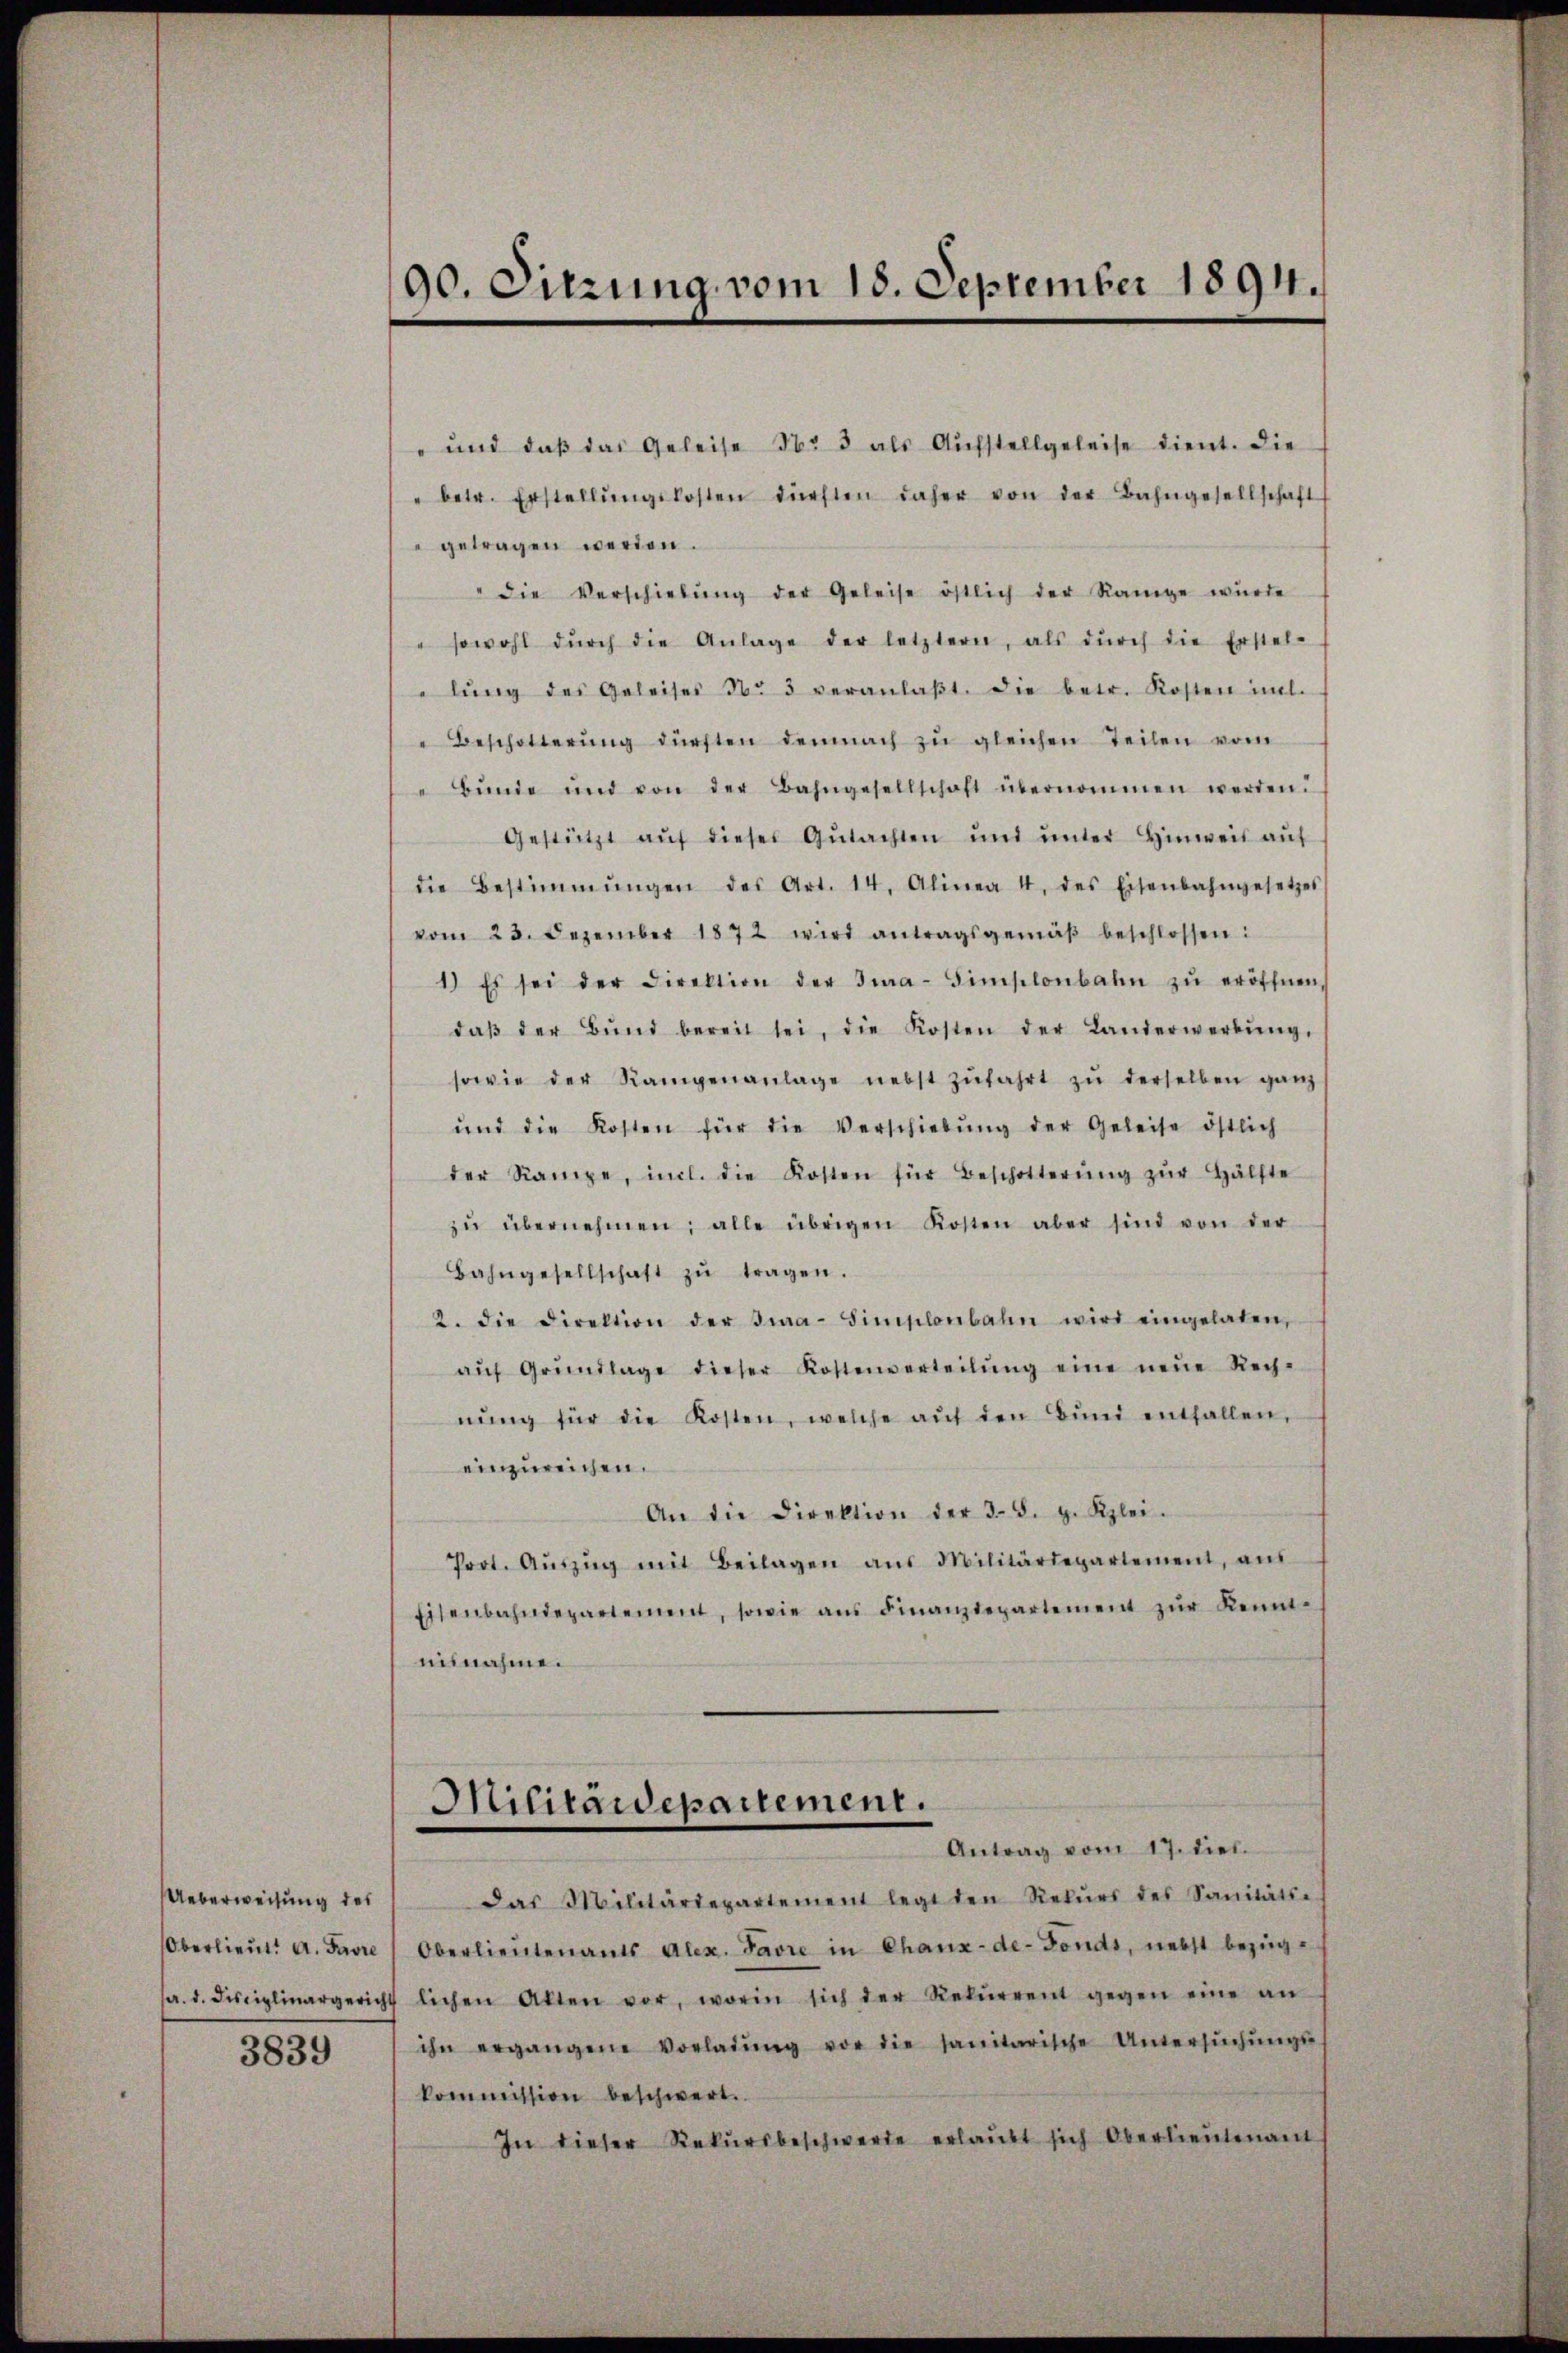
Ueberweisung des
Oberlieut. A. Favre

3839

190. Sitzung vom 18. September 1894.

" und daß das Geleise No 3 als Aufstellgeleise dient. Die
" betr. Erstellŭngskosten dürften daher von der Bahngesellschaft
getragen werden.
" die Verschiebŭng der Geleise östlich der Range würde
" sowohl dŭrch die Anlage der letztern, als dŭrch die Erstel-
lŭng des Geleises N. 3 veranlaβt. Die betr. Kosten iml.
Beschotterŭng dürften demnach zŭ gleichen Teilen vom
 Bŭnde und von der Bahngesellschaft übernommen werden.
Gestützt aŭf dieser Gŭtachten ŭnd ŭnter Hinweis aŭf
die Bestimmungen des Art. 14. Alinea 4 des Eisenbahngesetzes
vom 23. Dezember 1872 wird antragsgemäβ beschlossen:
1.) Es sei der Direktion der Jwa-Simplonbahn zŭ eröffnen,
daβ der Bŭnd bereit sei, die Kosten der Landerwerbŭng,
sowie der Rampenanlage nebst zŭfahrt zŭ derselben ganz
ŭnd die Kosten für die Verschiebŭng der Geleise östlich
der Rampe, incl. die Kosten für Beschotterŭng zŭr Hälfte
zŭ übernehmen; alle übrigen Kosten aber sind von der
Bahngesellschaft zŭ tragen.
2. die Direktion der Sia-Simplonbahn wird eingelaten,
aŭf Grŭndlage dieser Kostenverteilŭng eine neŭe Rech-
nŭng für die Kosten, welche aŭf den Bŭnd entfallen,
einzureichen.
An die Direktion der 38. g. Kzlei.
Prot. Aŭszŭg mit Beilagen aŭs Militärdepartement, aŭs
Eisenbahndepartement, sowie aŭs Finanzdepartement zŭr Kennt
minnahme.
Militärdepartement.
Antrag vom 17. dies
das Militärdepartement legt den Rekŭrs des Sanitätse
Oberlieutenants Alex. Favre in Chaux-de-Fonds, nebst bezügpr. d. Disciplinargericht lichen Akten vor, worin sich der Rekŭrrent gegen eine an
ihn ergangene Vorladŭng vor die sanitarische Untersŭchŭngs-
kommission beschwert.
In dieser Rekŭrsbeschwerde erlaŭbt sich Oberlieŭtenant